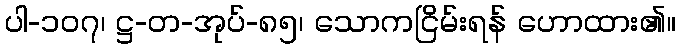
ပါ-၁၀၇၊ ဋ္ဌ-တ-အုပ်-၈၅၊ သောကငြိမ်းရန် ဟောထား၏။